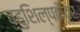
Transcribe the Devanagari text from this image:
बहुशिल्पकेंद्र